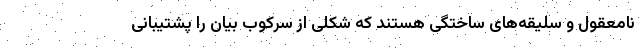
نامعقول و سلیقه‌های ساختگی هستند که شکلی از سرکوب بیان را پشتیبانی